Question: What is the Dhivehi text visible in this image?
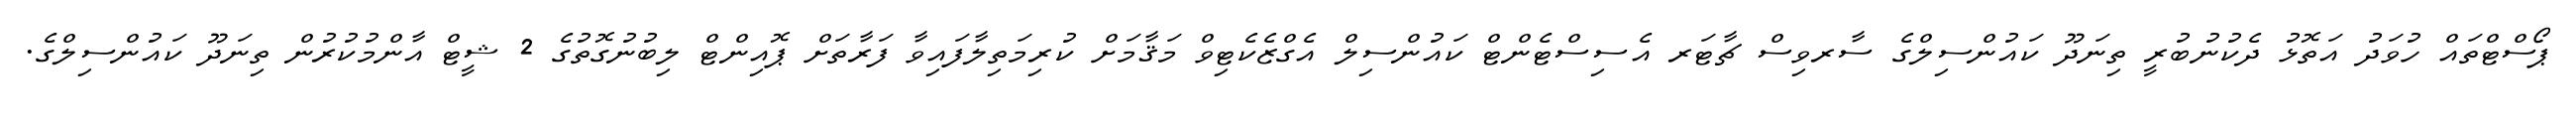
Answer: ޕޯސްޓްތައް ހުވަދު އަތޮޅު ދެކުނުބުރީ ތިނަދޫ ކައުންސިލްގެ ސާރވިސް ޗާޓަރ އެސިސްޓެންޓް ކައުންސިލް އެގްޒެކެޓިވް މަޤާމަށް ކުރިމަތިލާފައިވާ ފަރާތަށް ޕޮއިންޓް ލިބުނުގޮތުގެ 2 ޝީޓް އާންމުކުރުން ތިނަދޫ ކައުންސިލްގެ.